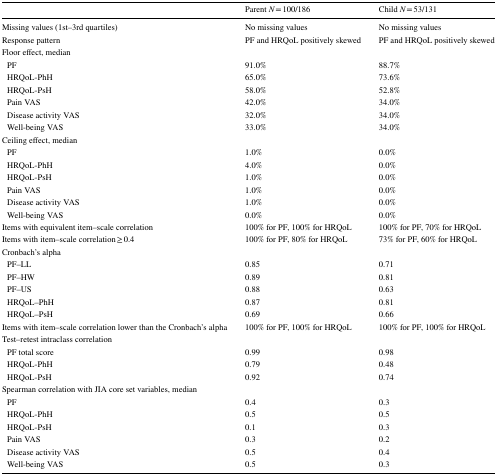
<table><thead><tr><td></td><td><b>Parent <i>N</i> = 100/186</b></td><td><b>Child <i>N</i> = 53/131</b></td></tr></thead><tbody><tr><td>Missing values (1st–3rd quartiles)</td><td>No missing values</td><td>No missing values</td></tr><tr><td>Response pattern</td><td>PF and HRQoL positively skewed</td><td>PF and HRQoL positively skewed</td></tr><tr><td colspan="3">Floor effect, median</td></tr><tr><td> PF</td><td>91.0%</td><td>88.7%</td></tr><tr><td> HRQoL-PhH</td><td>65.0%</td><td>73.6%</td></tr><tr><td> HRQoL-PsH</td><td>58.0%</td><td>52.8%</td></tr><tr><td> Pain VAS</td><td>42.0%</td><td>34.0%</td></tr><tr><td> Disease activity VAS</td><td>32.0%</td><td>34.0%</td></tr><tr><td> Well-being VAS</td><td>33.0%</td><td>34.0%</td></tr><tr><td colspan="3">Ceiling effect, median</td></tr><tr><td> PF</td><td>1.0%</td><td>0.0%</td></tr><tr><td> HRQoL-PhH</td><td>4.0%</td><td>0.0%</td></tr><tr><td> HRQoL-PsH</td><td>1.0%</td><td>0.0%</td></tr><tr><td> Pain VAS</td><td>1.0%</td><td>0.0%</td></tr><tr><td> Disease activity VAS</td><td>1.0%</td><td>0.0%</td></tr><tr><td> Well-being VAS</td><td>0.0%</td><td>0.0%</td></tr><tr><td>Items with equivalent item–scale correlation</td><td>100% for PF, 100% for HRQoL</td><td>100% for PF, 70% for HRQoL</td></tr><tr><td>Items with item–scale correlation ≥ 0.4</td><td>100% for PF, 80% for HRQoL</td><td>73% for PF, 60% for HRQoL</td></tr><tr><td colspan="3">Cronbach’s alpha</td></tr><tr><td> PF–LL</td><td>0.85</td><td>0.71</td></tr><tr><td> PF–HW</td><td>0.89</td><td>0.81</td></tr><tr><td> PF–US</td><td>0.88</td><td>0.63</td></tr><tr><td> HRQoL–PhH</td><td>0.87</td><td>0.81</td></tr><tr><td> HRQoL–PsH</td><td>0.69</td><td>0.66</td></tr><tr><td>Items with item–scale correlation lower than the Cronbach’s alpha</td><td>100% for PF, 100% for HRQoL</td><td>100% for PF, 100% for HRQoL</td></tr><tr><td colspan="3">Test–retest intraclass correlation</td></tr><tr><td> PF total score</td><td>0.99</td><td>0.98</td></tr><tr><td> HRQoL-PhH</td><td>0.79</td><td>0.48</td></tr><tr><td> HRQoL-PsH</td><td>0.92</td><td>0.74</td></tr><tr><td colspan="3">Spearman correlation with JIA core set variables, median</td></tr><tr><td> PF</td><td>0.4</td><td>0.3</td></tr><tr><td> HRQoL-PhH</td><td>0.5</td><td>0.5</td></tr><tr><td> HRQoL-PsH</td><td>0.1</td><td>0.3</td></tr><tr><td> Pain VAS</td><td>0.3</td><td>0.2</td></tr><tr><td> Disease activity VAS</td><td>0.5</td><td>0.4</td></tr><tr><td> Well-being VAS</td><td>0.5</td><td>0.3</td></tr></tbody></table>